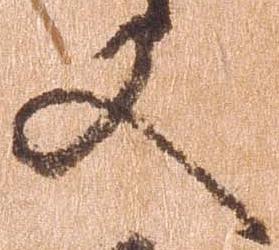
又